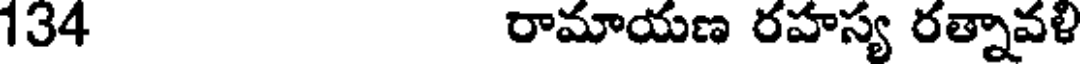
134 రామాయణ రహస్య రత్నావళి